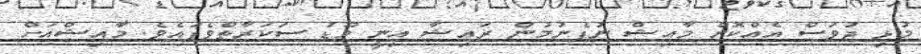
މުޅި ދުވަސް އެއްކޮށް މާއިޝް ނުފެނުމުން ރައިޝާ އިނީ މޫޑު ސަކަރާތްވެފައެވެ. މާއިޝްއަށް